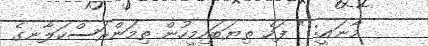
މާނައީ: " ފަހެ ތިޔަބައިމީހުން ތިމަންރަސްކަލާނގެ